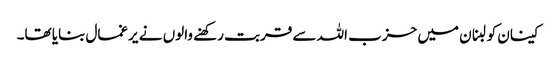
کینان کو لبنان میں حزب اللہ سے قربت رکھنے والوں نے یرغمال بنایا تھا۔